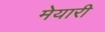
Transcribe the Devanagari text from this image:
मेयारी